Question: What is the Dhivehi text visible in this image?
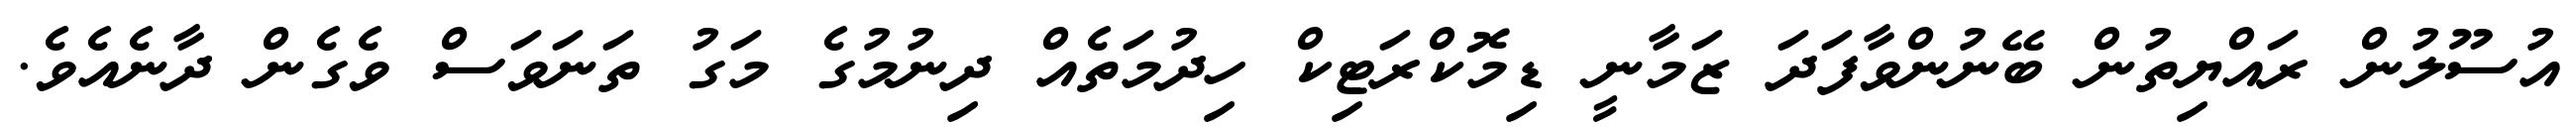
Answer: އުސޫލުން ރައްޔިތުން ބޭނުންވާފަދަ ޒަމާނީ ޑިމޮކްރަޓިކް ހިދުމަތެއް ދިނުމުގެ މަގު ތަނަވަސް ވެގެން ދާނެއެވެ.